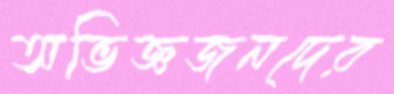
অভিজ্ঞজনদের